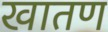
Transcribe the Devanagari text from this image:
खातण